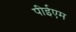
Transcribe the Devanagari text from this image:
पीईएम